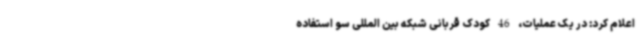
اعلام کرد: در یک عملیات، 46 کودک قربانی شبکه بین المللی سو استفاده